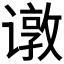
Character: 𬤣